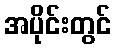
အပိုင်းတွင်